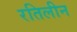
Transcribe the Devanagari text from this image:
रतिलीन